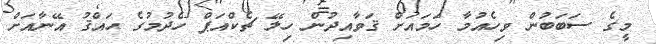
މީގެ ސަބަބުން ވިހެއުމާ ހަމައަށް ޤަވާއިދުން ހިލޭ ޗެކްއަޕް ހެދުމުގެ ޙައްޤު އޭނާއަށް